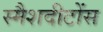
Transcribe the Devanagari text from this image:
स्मैशदीटोंस